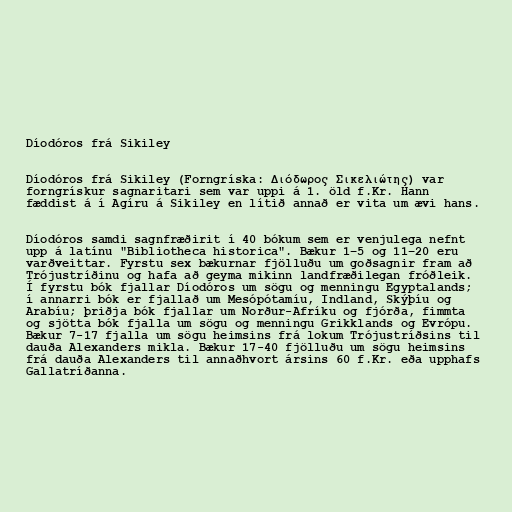
Díodóros frá Sikiley

Díodóros frá Sikiley (Forngríska: Διόδωρος Σικελιώτης) var
forngrískur sagnaritari sem var uppi á 1. öld f.Kr. Hann
fæddist á í Agíru á Sikiley en lítið annað er vita um ævi hans.

Díodóros samdi sagnfræðirit í 40 bókum sem er venjulega nefnt
upp á latínu "Bibliotheca historica". Bækur 1–5 og 11–20 eru
varðveittar. Fyrstu sex bækurnar fjölluðu um goðsagnir fram að
Trójustríðinu og hafa að geyma mikinn landfræðilegan fróðleik.
Í fyrstu bók fjallar Díodóros um sögu og menningu Egyptalands;
í annarri bók er fjallað um Mesópótamíu, Indland, Skýþíu og
Arabíu; þriðja bók fjallar um Norður-Afríku og fjórða, fimmta
og sjötta bók fjalla um sögu og menningu Grikklands og Evrópu.
Bækur 7-17 fjalla um sögu heimsins frá lokum Trójustríðsins til
dauða Alexanders mikla. Bækur 17-40 fjölluðu um sögu heimsins
frá dauða Alexanders til annaðhvort ársins 60 f.Kr. eða upphafs
Gallatríðanna.